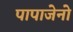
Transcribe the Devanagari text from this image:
पापाजेनो